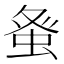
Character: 𮔇